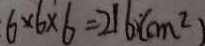
6 \times 6 \times 6 = 2 1 6 ( c m ^ { 2 } )